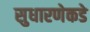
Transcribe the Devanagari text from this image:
सुधारणेकडे